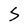
Character: S